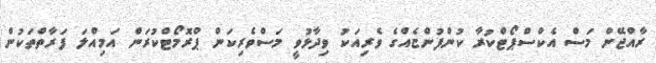
ރާއްޖޭން މަސް އެކްސްޕޯޓްކުރާ ކުންފުންޏެއްގެ ވެރިއަކު ވިދާޅުވީ މަސްވެރިކަން ޕްރޮމޯޓްކުރަން އަމިއްލަ ފަރާތްތަކުން